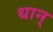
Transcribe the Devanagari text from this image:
धान्